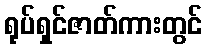
ရုပ်ရှင်ဇာတ်ကားတွင်